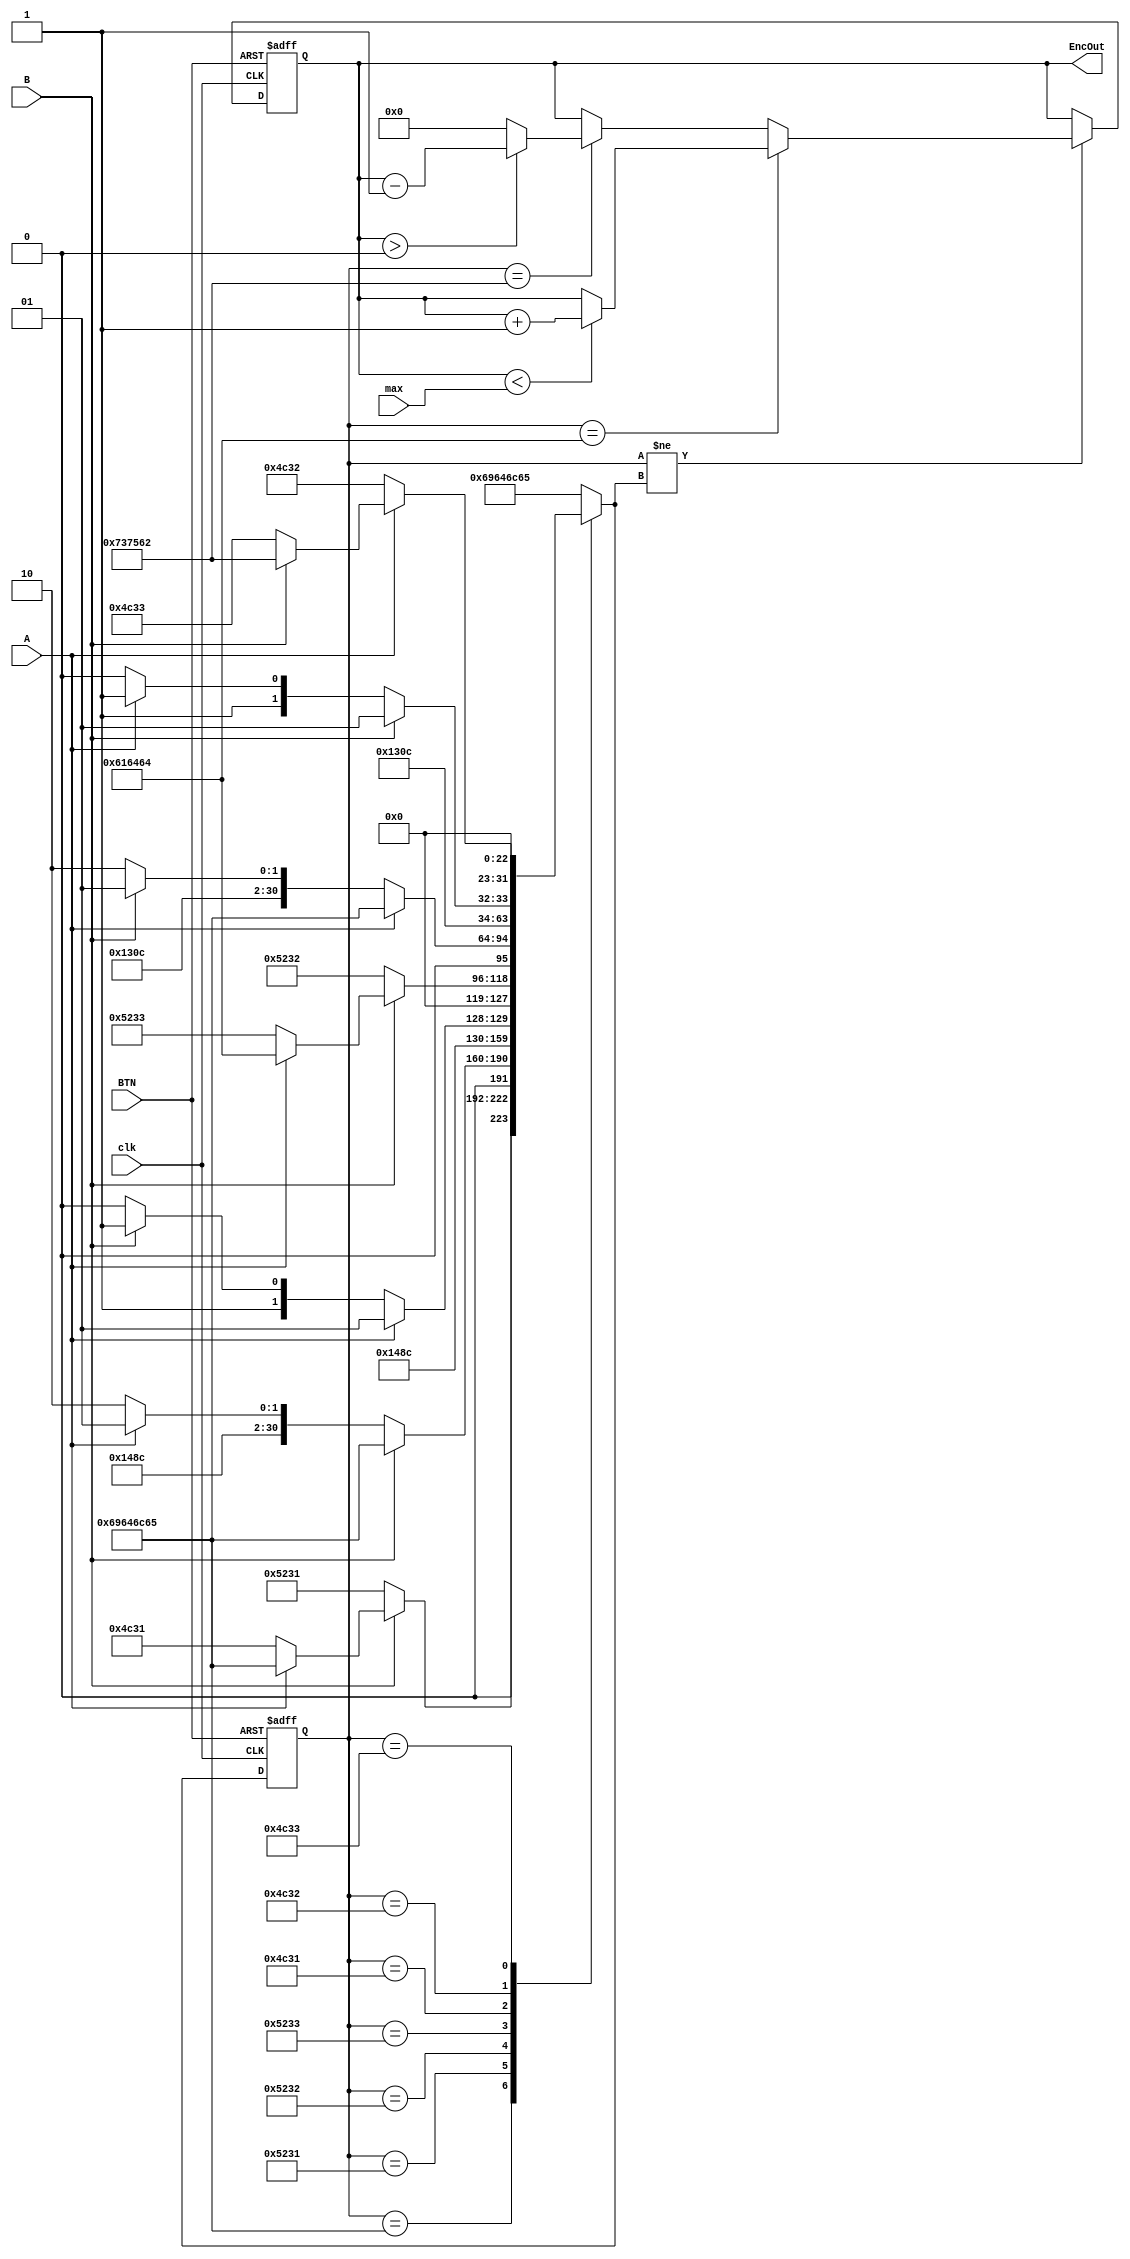
`timescale 1ns / 1ps
//////////////////////////////////////////////////////////////////////////////////
// Company: 
// Engineer: 
// 
// Design Name: 
// Module Name:    Encoder 
// Project Name: 
// Target Devices: 
// Tool versions: 
// Description: 
//
// Dependencies: 
//
// Revision: 
// Revision 0.01 - File Created
// Additional Comments: 
//
//////////////////////////////////////////////////////////////////////////////////
module Encoder(
    clk,
    A,
    B,
	 max,
    BTN,
    EncOut
   // LED
    );

	 // ===========================================================================
	 // 										Port Declarations
	 // ===========================================================================
	 input clk;
    input A;
    input B;
	 input [7:0]max;
    input BTN;
    output [7:0] EncOut;
    //output [1:0] LED;

	 // ===========================================================================
	 // 							  Parameters, Regsiters, and Wires
	 // ===========================================================================
	 reg [7:0] EncOut;
	 reg [1:0] LED;
	 
	 
    reg [31:0] curState = "idle";
	 reg [31:0] nextState;
	 
	 // ===========================================================================
	 // 										Implementation
	 // ===========================================================================


	 // *******************************************
	 //  					     Clock
	 // *******************************************
	 always@(posedge clk or posedge BTN)
	 begin
			 if (BTN == 1'b1) begin
				 curState <= "idle";
				 EncOut <= 8'b00000000;
			 end
			 // detect if the shaft is rotated to right or left
			 // right: add 1 to the position at each click
			 // left: subtract 1 from the position at each click
			 else begin
				 if(curState != nextState) begin
						if(curState == "add") begin
								if(EncOut < max) begin
									EncOut <= EncOut + 1'b1;
								end
								else begin
									EncOut <= EncOut;
								end
						end
						else if(curState == "sub") begin
								if(EncOut > 8'b00000000) begin
									EncOut <= EncOut - 1'b1;
								end
								else begin
									EncOut <= 8'b00000000;
								end
						end
						else begin
								EncOut <= EncOut;
						end
				 end
				 else begin
						EncOut <= EncOut;
				 end

            curState <= nextState;
			 end
	 end


	 // *******************************************
	 //  					  Next State
	 // *******************************************
	 always@(curState or A or B)
	 begin
				 case (curState)
					  //detent position
					  "idle" : begin
							 LED <= 2'b00;

							 if (B == 1'b0) begin
								 nextState <= "R1";
							 end
							 else if (A == 1'b0) begin
								 nextState <= "L1";
							 end
							 else begin
								 nextState <= "idle";
							 end
					  end
				     // start of right cycle
				     // R1
					  "R1" : begin
							 LED <= 2'b01;

							 if (B == 1'b1) begin
								 nextState <= "idle";
							 end
							 else if (A == 1'b0) begin
								 nextState <= "R2";
							 end
							 else begin
								 nextState <= "R1";
							 end
					  end
					  // R2
					  "R2" : begin
							 LED <= 2'b01;

							 if (A == 1'b1) begin
								 nextState <= "R1";
							 end
							 else if (B == 1'b1) begin
								 nextState <= "R3";
							 end
							 else begin
								 nextState <= "R2";
							 end
					  end
					  // R3
					  "R3" : begin
							 LED <= 2'b01;

							 if (B == 1'b0) begin
								 nextState <= "R2";
							 end
							 else if (A == 1'b1) begin
								 nextState <= "add";
							 end
							 else begin
								 nextState <= "R3";
							 end
					  end
					  // R3
					  "R3" : begin
							 LED <= 2'b01;

							 if (B == 1'b0) begin
								 nextState <= "R2";
							 end
							 else if (A == 1'b1) begin
								 nextState <= "add";
							 end
							 else begin
								 nextState <= "R3";
							 end
					  end
					  // Add
					  "add" : begin
							 LED <= 2'b01;
							 nextState <= "idle";
					  end
   				  // Start of left cycle
                 // L1
					  "L1" : begin
							 LED <= 2'b10;

							 if (A == 1'b1) begin
								 nextState <= "idle";
							 end
							 else if (B == 1'b0) begin
								 nextState <= "L2";
							 end
							 else begin
								 nextState <= "L1";
							 end
					  end
                 // L2
					  "L2" : begin
							 LED <= 2'b10;

							 if (B == 1'b1) begin
								 nextState <= "L1";
							 end
							 else if (A == 1'b1) begin
								 nextState <= "L3";
							 end
							 else begin
								 nextState <= "L2";
							 end
					  end
                 // L3
					  "L3" : begin
							 LED <= 2'b10;

							 if (A == 1'b0) begin
								 nextState <= "L2";
							 end
							 else if (B == 1'b1) begin
								 nextState <= "sub";
							 end
							 else begin
								 nextState <= "L3";
							 end
					  end
                 // Sub
					  "sub" : begin
							 LED <= 2'b10;
							 nextState <= "idle";
					  end
					  //  Default
					  default : begin
							 LED <= 2'b11;
							 nextState <= "idle";
					  end
				 endcase

	 end

endmodule